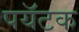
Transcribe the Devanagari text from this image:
पयॅटक